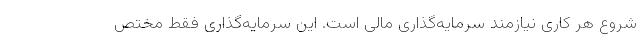
شروع هر کاری نیازمند سرمایه‌گذاری مالی است. این سرمایه‌گذاری فقط مختص